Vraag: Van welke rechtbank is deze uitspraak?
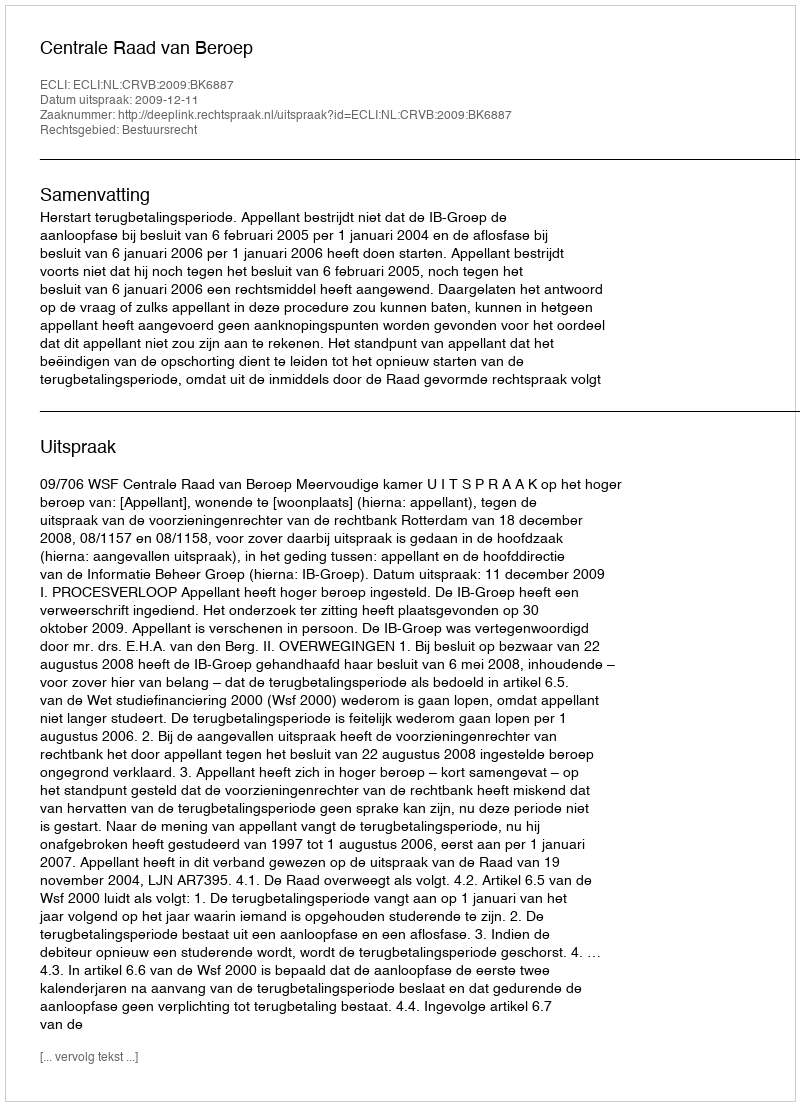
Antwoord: Centrale Raad van Beroep